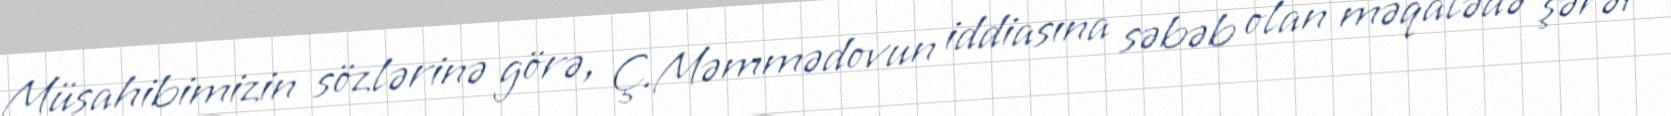
Müsahibimizin sözlərinə görə, Ç.Məmmədovun iddiasına səbəb olan məqalədə şərəf